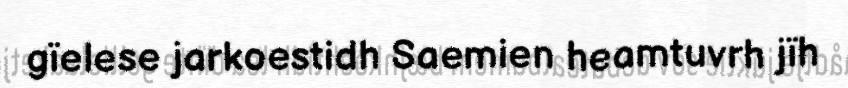
gïelese jarkoestidh Saemien heamtuvrh jïh